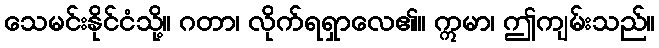
သေမင်းနိုင်ငံသို့။ ဂတာ၊ လိုက်ရရှာလေ၏။ ဣမာ၊ ဤကျမ်းသည်။